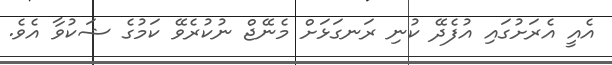
އެއީ އެރަށުގައި އުފެދޭ ކުނި ރަނގަޅަށް މެނޭޖް ނުކުރެވޭ ކަމުގެ ޝަކުވާ އެވެ.